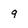
Character: q